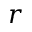
r